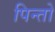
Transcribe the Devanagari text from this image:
पिन्तो